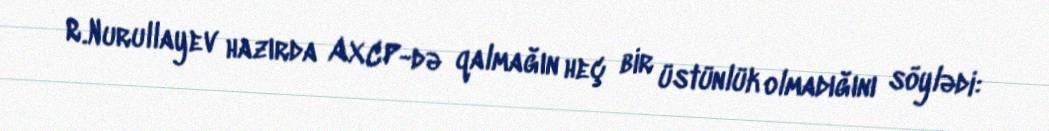
R.Nurullayev hazırda AXCP-də qalmağın heç bir üstünlük olmadığını söylədi: